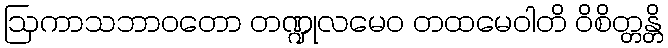
ဩကာသဘာဝတော တဏ္ဍုလမေဝ တထမေဝါတိ ဝိစိတ္တန္တိ